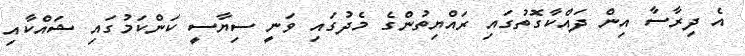
އެ ދިރާސާ އިން ދައްކާގޮތުގައި ރައްޔިތުންގެ މެދުގައި ވަނީ ސިޔާސީ ކަންކަމުގައި ޝައްކާއި